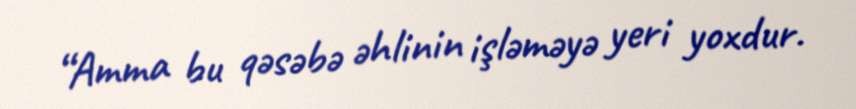
“Amma bu qəsəbə əhlinin işləməyə yeri yoxdur.